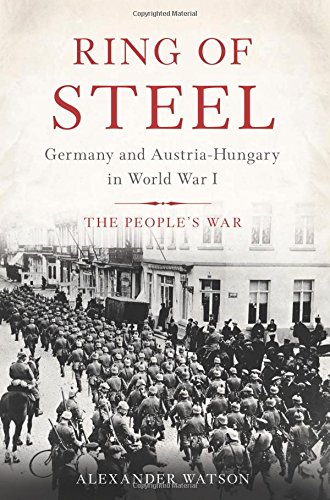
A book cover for Ring of Steel: Germany and Austria-Hungary in World War I; Alexander Watson; History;